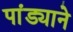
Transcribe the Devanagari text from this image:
पांड्याने